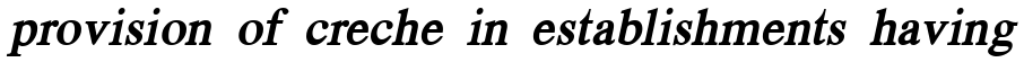
provision of creche in establishments having